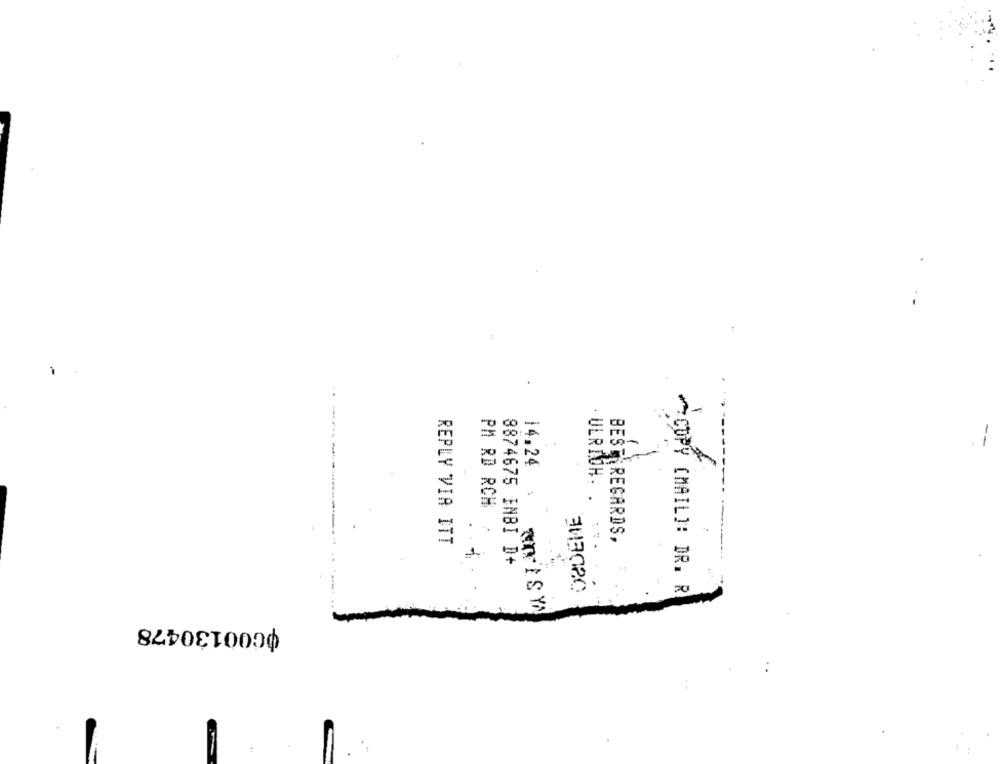
-
14.24
. ULRICH.
.
PM RD RCH
ORDEME
REPLY VIA ITT
BEST REGARDS,
8874675 ENBI D+
COPY (MAIL]: DR. R
ФС00130478